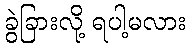
ခွဲခြားလို့ ရပါ့မလား